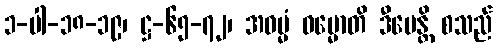
၁-ပါ-၁၈-၁၉၊ ဋ္ဌ-၆၅-၇၂၊ အဓမ္မံ ဓမ္မောတိ ဒီပေန္တိ စသည်